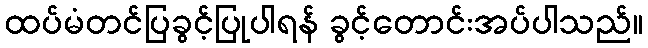
ထပ်မံတင်ပြခွင့်ပြုပါရန် ခွင့်တောင်းအပ်ပါသည်။